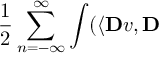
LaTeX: \frac { 1 } { 2 } \sum _ { n = - \infty } ^ { \infty } \int ( \langle \mathbf { D } v , \mathbf { D }